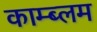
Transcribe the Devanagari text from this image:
काम्ब्लम